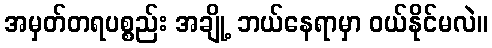
အမှတ်တရပစ္စည်း အချို့ ဘယ်နေရာမှာ ဝယ်နိုင်မလဲ။